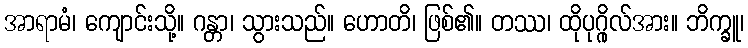
အာရာမံ၊ ကျောင်းသို့။ ဂန္တာ၊ သွားသည်။ ဟောတိ၊ ဖြစ်၏။ တဿ၊ ထိုပုဂ္ဂိုလ်အား။ ဘိက္ခူ၊